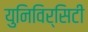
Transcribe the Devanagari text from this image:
युनिविर्सिटी